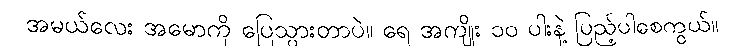
အမယ်လေး အမောကို ပြေသွားတာပဲ။ ရေ အကျိုး ၁၀ ပါးနဲ့ ပြည့်ပါစေကွယ်။